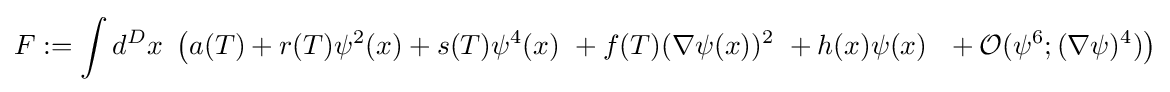
F:=\int d^{D}x\ \left(a(T)+r(T)\psi ^{2}(x)+s(T)\psi ^{4}(x)\ +f(T)(\nabla \psi (x))^{2}\ +h(x)\psi (x)\ \ +{\mathcal {O}}(\psi ^{6};(\nabla \psi )^{4})\right)